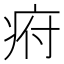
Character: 㾈